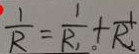
\frac { 1 } { R } = \frac { 1 } { R _ { 1 } } + \frac { 1 } { R _ { 1 } }